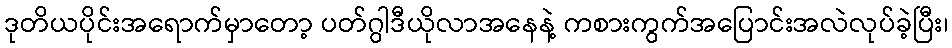
ဒုတိယပိုင်းအရောက်မှာတော့ ပတ်ဂွါဒီယိုလာအနေနဲ့ ကစားကွက်အပြောင်းအလဲလုပ်ခဲ့ပြီး၊